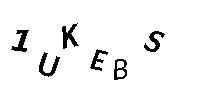
1UKEBS